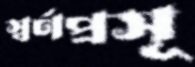
স্বর্ণপ্রসূ